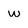
Character: w